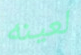
لعينه